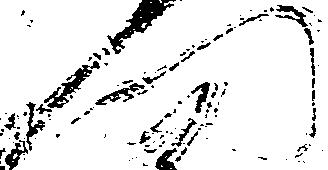
門